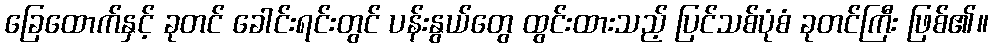
ခြေထောက်နှင့် ခုတင် ခေါင်းရင်းတွင် ပန်းနွယ်တွေ ထွင်းထားသည့် ပြင်သစ်ပုံစံ ခုတင်ကြီး ဖြစ်၏။